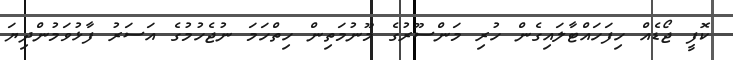
ކޮފީ ޖޯޑެއް ހިފަހައްޓާލައިގެން ހުރި މަންސޫރުގެ މޫނުމަތިން ހިތްހަމަ ނުޖެހުމުގެ އަސަރު ފާޅުވަމުންދިޔަ